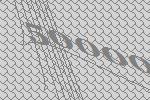
50000